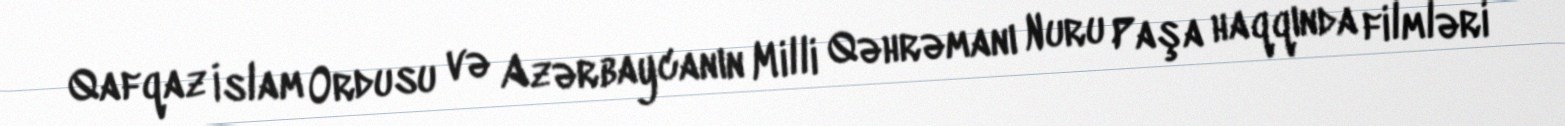
Qafqaz İslam Ordusu və Azərbaycanın Milli Qəhrəmanı Nuru Paşa haqqında filmləri